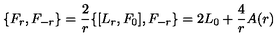
\{ F _ { r } , F _ { - r } \} = \frac { 2 } { r } \{ [ L _ { r } , F _ { 0 } ] , F _ { - r } \} = 2 L _ { 0 } + \frac { 4 } { r } A ( r )